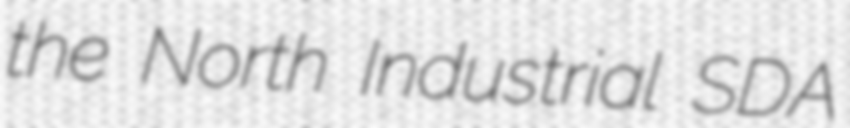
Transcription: the North Industrial SDA